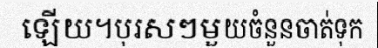
ឡើយ។បុរសៗមួយចំនួនចាត់ទុក